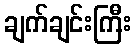
ချက်ချင်းကြီး